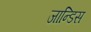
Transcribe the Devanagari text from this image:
जान्डिस